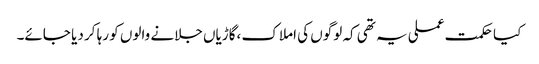
کیا حکمت عملی یہ تھی کہ لوگوں کی املاک ،گاڑیاں جلانے والوں کو رہا کر دیا جائے۔